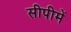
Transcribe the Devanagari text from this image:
सीपीमें